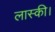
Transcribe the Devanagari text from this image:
लास्की।